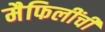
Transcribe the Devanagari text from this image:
मैफिलींची